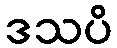
ဒသပိ